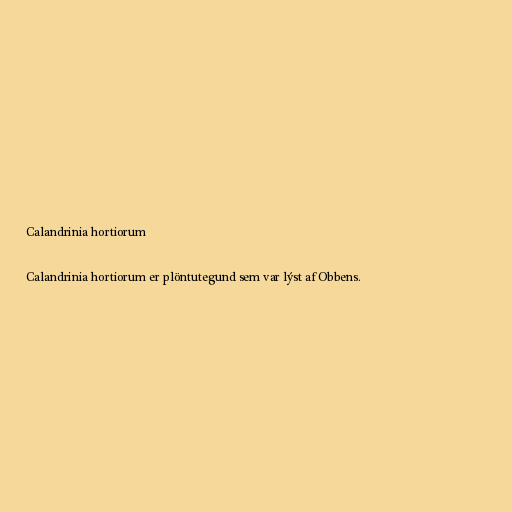
Calandrinia hortiorum

Calandrinia hortiorum er plöntutegund sem var lýst af Obbens.